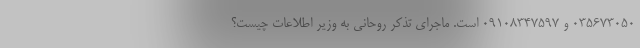
035673050 و 09108347597 است. ماجرای تذکر روحانی به وزیر اطلاعات چیست؟